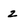
Character: 2